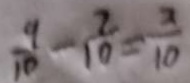
\frac { 9 } { 1 0 } - \frac { 7 } { 1 0 } = \frac { 2 } { 1 0 }